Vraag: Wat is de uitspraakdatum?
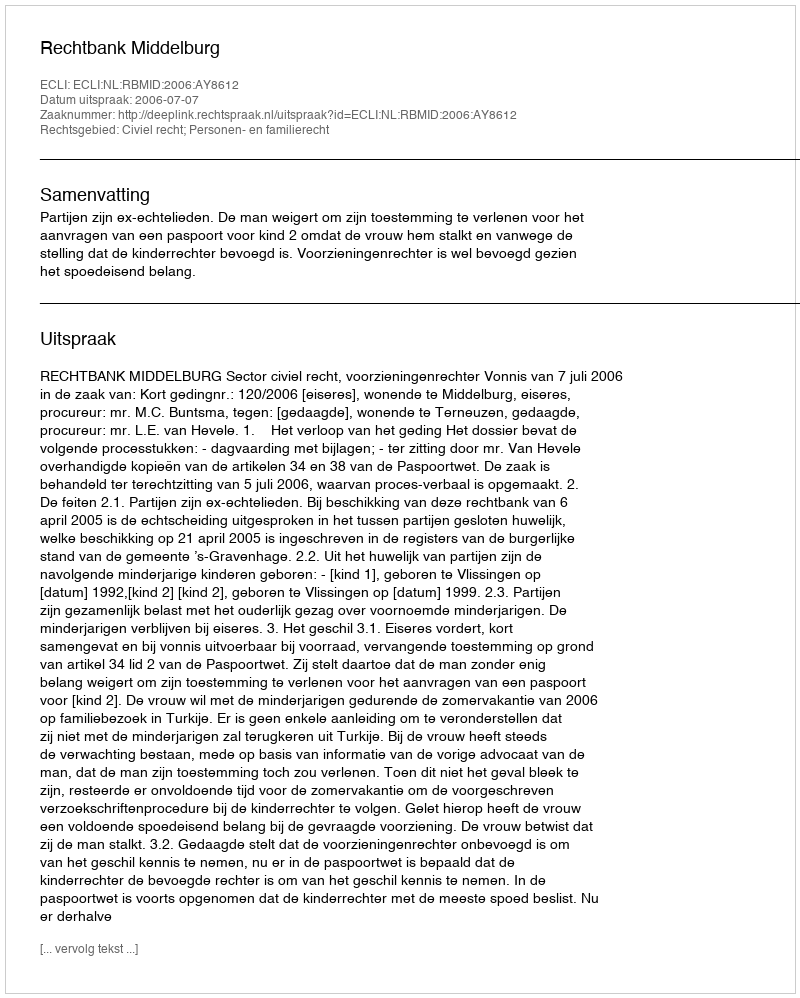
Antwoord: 2006-07-07